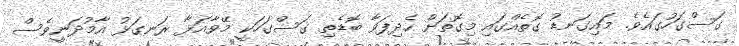
ގަސްގަހުގައެވެ. މައިގަނޑު ގޮތެއްގައި މިގޮތަށް ހެދިފަވާ ބޮޑެތި ގަސްގަހަކީ މޭވާއަޅާ ރަނގަޅު އާމުދަނީވެސް